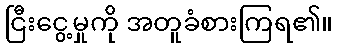
ငြီးငွေ့မှုကို အတူခံစားကြရ၏။